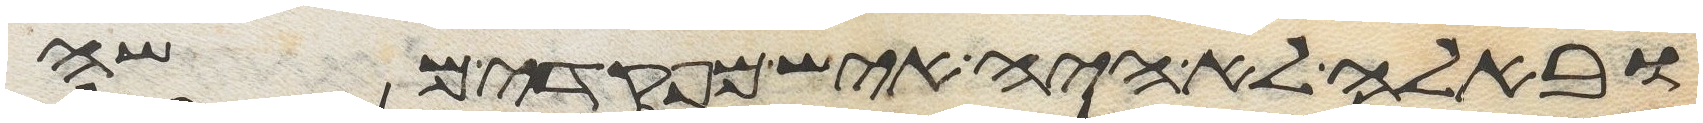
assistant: ובאלה לא היה איש מפקדי משה